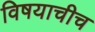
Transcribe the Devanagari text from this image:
विषयाचीच